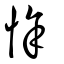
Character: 悇